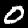
Label: 0